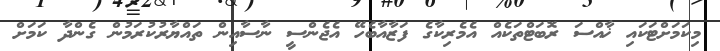
މިކަމަށްޓަކައި ޚާއްސަ ރޮބަޓްތަކެއް އެމެރިކާގެ ފަޒާއާބެހޭ އެޖެންސީ ނާސާއިން ތައްޔާރުކުރަމުން ގެންދާ ކަމަށް